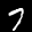
Label: 7